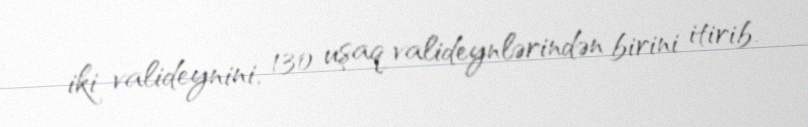
iki valideynini, 130 uşaq valideynlərindən birini itirib.